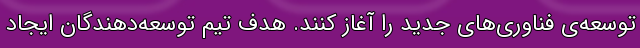
توسعه‌ی فناوری‌های جدید را آغاز کنند. هدف تیم توسعه‌دهندگان ایجاد